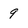
Character: 9